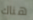
هناك